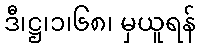
ဒီ၊ဋ္ဌ၊၁၊၆၈၊ မှယူရန်